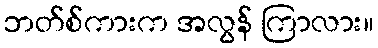
ဘတ်စ်ကားက အလွန် ကြာလား။